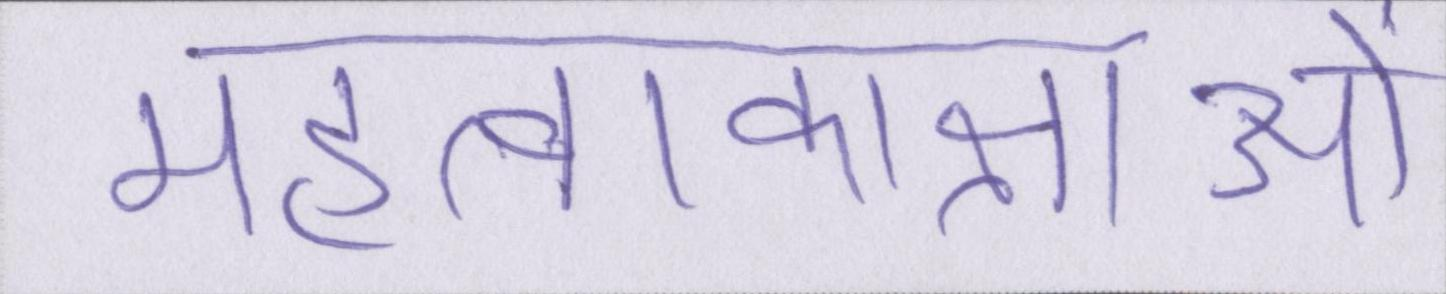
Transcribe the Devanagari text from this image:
महत्वाकाक्षाओं